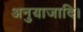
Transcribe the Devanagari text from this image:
अनुयाजादि।